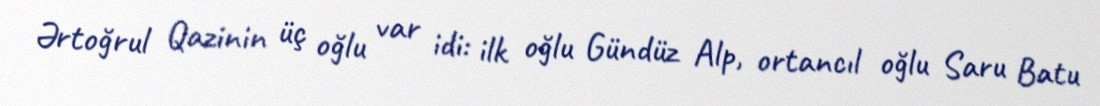
Ərtoğrul Qazinin üç oğlu var idi: ilk oğlu Gündüz Alp, ortancıl oğlu Saru Batu